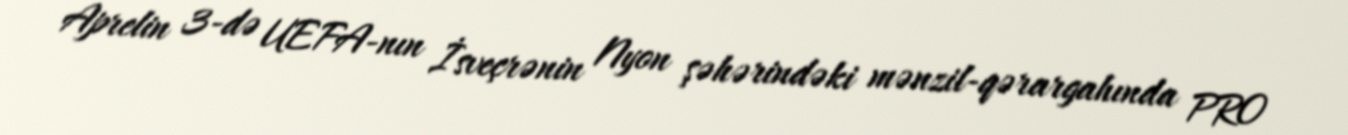
Aprelin 3-də UEFA-nın İsveçrənin Nyon şəhərindəki mənzil-qərargahında PRO